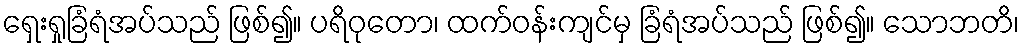
ရှေးရှုခြံရံအပ်သည် ဖြစ်၍။ ပရိဝုတော၊ ထက်ဝန်းကျင်မှ ခြံရံအပ်သည် ဖြစ်၍။ သောဘတိ၊